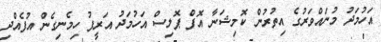
އަހުމަދު މުނައްވަރުގެ އިތުރުން ކޮމިޝަނާ އޮފް ޕޮލިސް އަހުމަދު އަރީފު ހިމެނިގެން އުފެއްދި